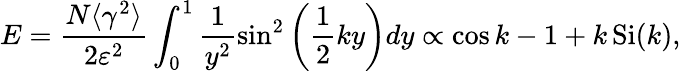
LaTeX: E=\frac{N\langle\gamma^{2}\rangle}{2\varepsilon^{2}}\int_{0}^{1}\frac{1}{y^{2}}\sin^{2}\left(\frac{1}{2}ky\right)dy\propto\cos{k}-1+k\operatorname{Si}(k),